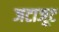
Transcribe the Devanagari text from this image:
जटाजूट